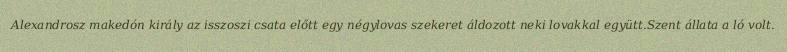
Alexandrosz makedón király az isszoszi csata előtt egy négylovas szekeret áldozott neki lovakkal együtt.Szent állata a ló volt.